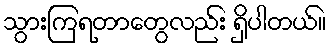
သွားကြရတာတွေလည်း ရှိပါတယ်။